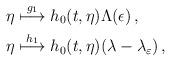
LaTeX: \begin{align*}\eta &\stackrel{g_1}{\longmapsto} h_0(t,\eta)\Lambda(\epsilon)\, ,\\\eta &\stackrel{h_1}{\longmapsto} h_0(t,\eta)(\lambda-\lambda_{\varepsilon})\, ,\end{align*}